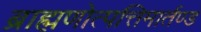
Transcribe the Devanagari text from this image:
ब्राह्मणोत्पत्तिमार्तण्ड